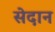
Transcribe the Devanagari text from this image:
सेदान